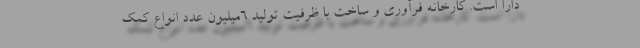
دارا است. کارخانه فرآوری و ساخت با ظرفیت تولید ٦میلیون عدد انواع کمک